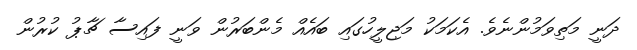
ދަނީ މަތިވަމުންނެވެ. އެކަމަކު މަޖިލީހުގައި ބައެއް މެންބަރުން ވަނީ ފައިސާ ޗާޕު ކުރުން